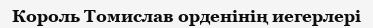
Король Томислав орденінің иегерлері